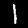
Digit: 1